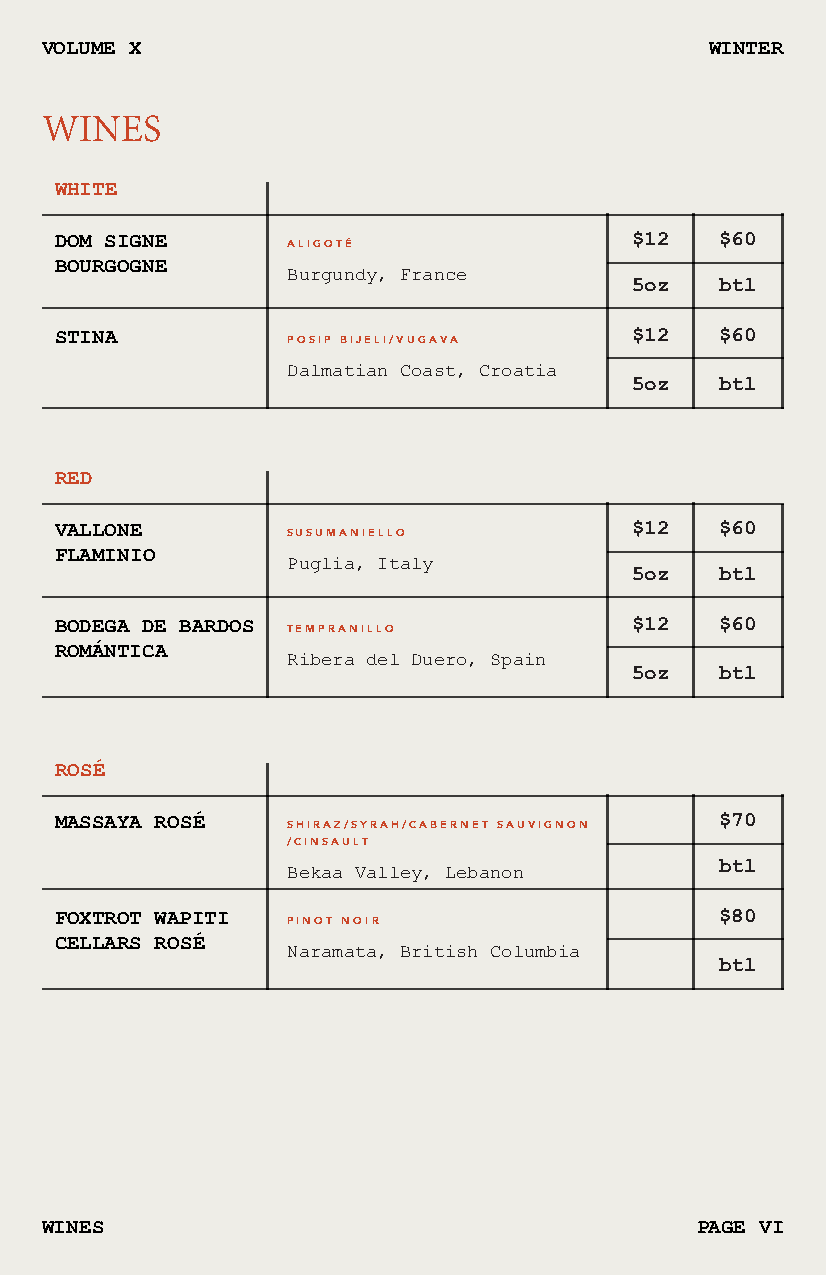
VOLUME X                                    WINTER
 WINES
 WHITE
 DOM SIGNE      ALIGOTÉ                $12   $60
 BOURGOGNE
 Burgundy, France
 5oz   btl
 STINA          POSIP BIJELI/VUGAVA    $12   $60
 Dalmatian Coast, Croatia
 5oz   btl
 RED
 VALLONE        SUSUMANIELLO           $12   $60
 FLAMINIO
 Puglia, Italy
 5oz   btl
 BODEGA DE BARDOS TEMPRANILLO          $12   $60
 ROMÁNTICA
 Ribera del Duero, Spain
 5oz   btl
 ROSÉ
 MASSAYA ROSÉ   SHIRAZ/SYRAH/CABERNET SAUVIGNON $70
 /CINSAULT
 btl
 Bekaa Valley, Lebanon
 FOXTROT WAPITI PINOT NOIR                   $80
 CELLARS ROSÉ
 Naramata, British Columbia
 btl
 WINES                                      PAGE VI